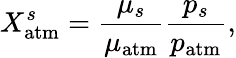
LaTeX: X_{\mathrm{atm}}^{s}=\frac{\mu_{s}}{\mu_{\mathrm{atm}}}\frac{p_{s}}{p_{\mathrm{atm}}},